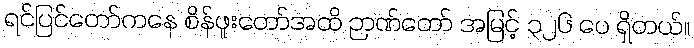
ရင်ပြင်တော်ကနေ စိန်ဖူးတော်အထိ ဉာဏ်တော် အမြင့် ၃၂၆ ပေ ရှိတယ်။